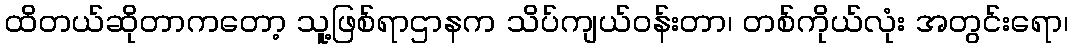
ထိတယ်ဆိုတာကတော့ သူ့ဖြစ်ရာဌာနက သိပ်ကျယ်ဝန်းတာ၊ တစ်ကိုယ်လုံး အတွင်းရော၊